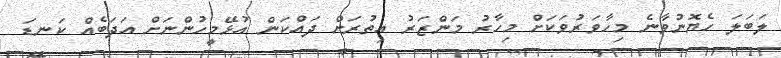
ލަބަލަ ހެޔޮނުވާނެ މިހާވަރުވަކަށް މިހާރު މަންޒަރު އިތުރަށް ދައްކަން އުޅޭމީހުންނަށް އަދަބެއް ކަނޑަ